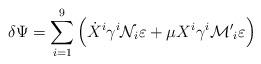
LaTeX: \begin{align*}\delta \Psi = \sum_{i=1}^9 \left( \dot{X}^i \gamma^i {\cal{N}}_i \varepsilon + \mu X^i \gamma^i {\cal{M'}}_i \varepsilon \right)\end{align*}